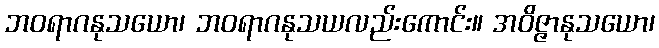
ဘဝရာဂနုသယော၊ ဘဝရာဂနုသယလည်းကောင်း။ အဝိဇ္ဇာနုသယော၊